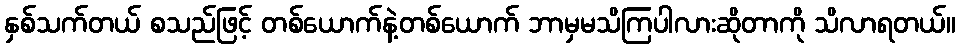
နှစ်သက်တယ် စသည်ဖြင့် တစ်ယောက်နဲ့တစ်ယောက် ဘာမှမသိကြပါလားဆိုတာကို သိလာရတယ်။